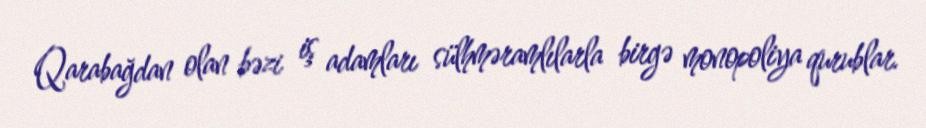
Qarabağdan olan bəzi iş adamları sülhməramlılarla birgə monopoliya qurublar.